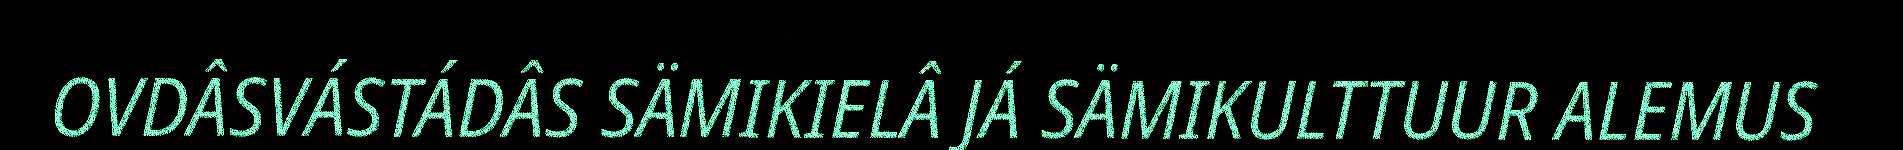
OVDÂSVÁSTÁDÂS SÄMIKIELÂ JÁ SÄMIKULTTUUR ALEMUS